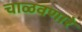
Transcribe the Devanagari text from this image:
चाळवणारे